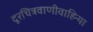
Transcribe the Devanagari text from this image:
दूरचित्रवाणीवाहिन्या